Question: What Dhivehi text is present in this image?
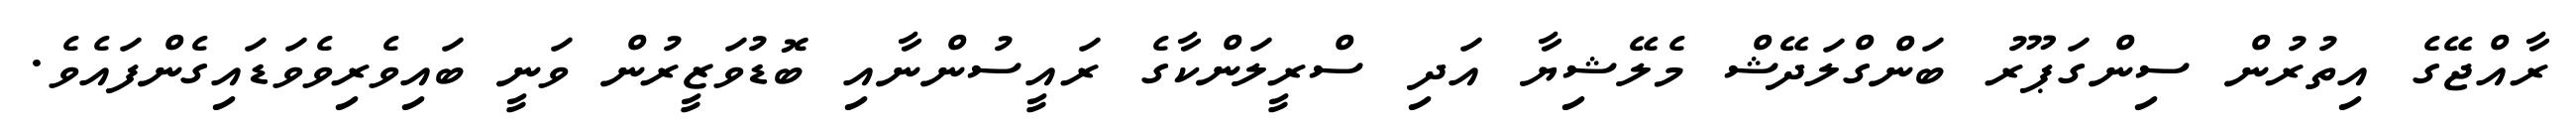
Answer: ރާއްޖޭގެ އިތުރުން ސިންގަޕޫރު ބަންގްލަދޭޝް މެލޭޝިޔާ އަދި ސްރީލަންކާގެ ރައީސުންނާއި ބޮޑުވަޒީރުން ވަނީ ބައިވެރިވެވަޑައިގެންފައެވެ.